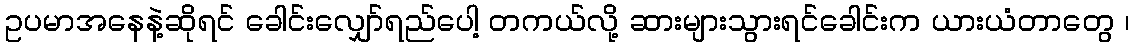
ဥပမာအနေနဲ့ဆိုရင် ခေါင်းလျှော်ရည်ပေါ့ တကယ်လို့ ဆားများသွားရင်ခေါင်းက ယားယံတာတွေ ၊